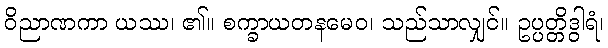
ဝိညာဏကာ ယဿ၊ ၏။ စက္ခာယတနမေဝ၊ သည်သာလျှင်။ ဥပ္ပတ္တိဒွါရံ၊